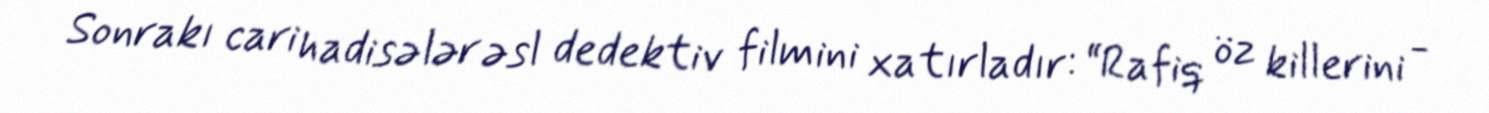
Sonrakı cari hadisələr əsl dedektiv filmini xatırladır: “Rafiq öz killerini -